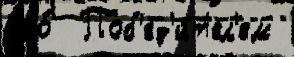
его́  Поб'ед'и́т'ел'ем